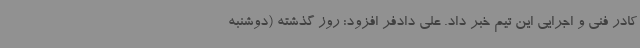
کادر فنی و اجرایی این تیم خبر داد. علی دادفر افزود: روز گذشته (دوشنبه